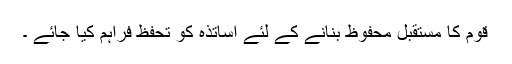
قوم کا مستقبل محفوظ بنانے کے لئے اساتذہ کو تحفظ فراہم کیا جائے ۔